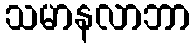
သမာနလာဘာ